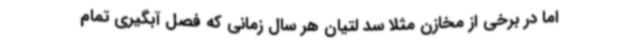
اما در برخی از مخازن مثلا سد لتیان هر سال زمانی که فصل آبگیری تمام